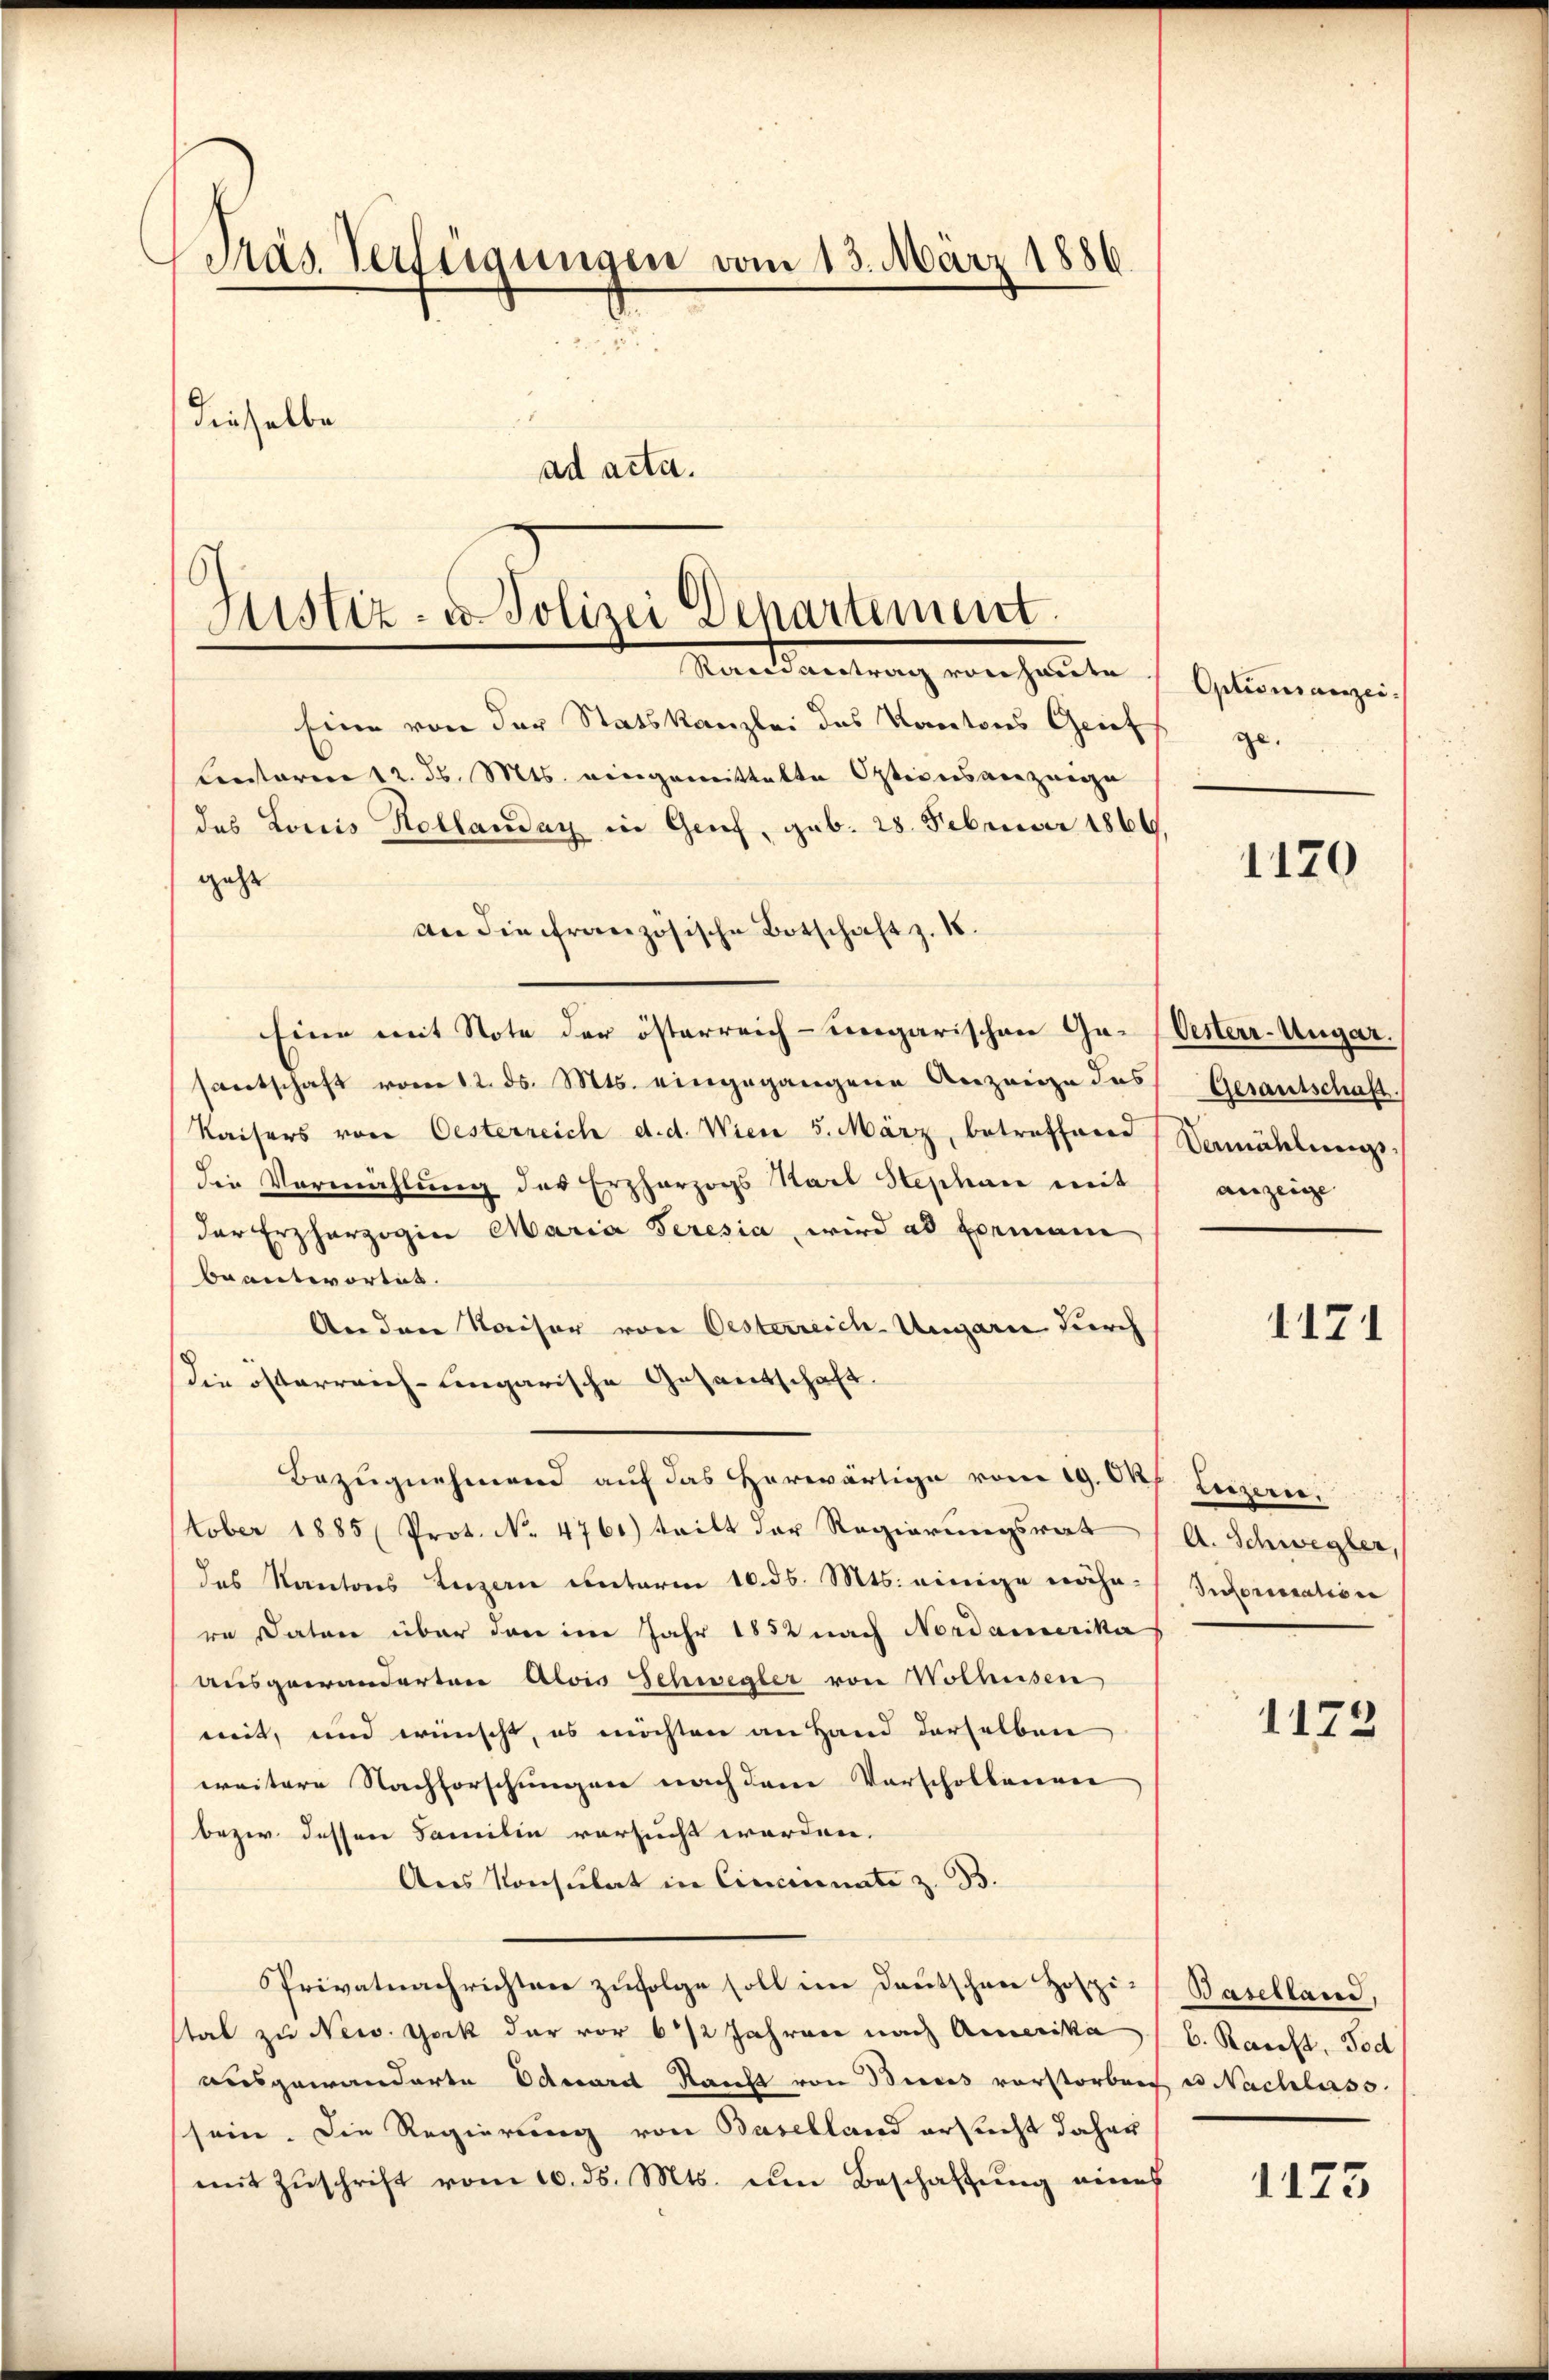
Präs. Verfügungen vom 13. März 1886.
dieselbe
ad acta.

Justiz- & Polizei Departement
Mandantung verhalte

Eine von der Statskanzlei das Kantons Grief
Lentoren 12. d. Mts. eingemittelte Osteinsanzeige
das Louis Hollauday in Genf, geb. 28. Februar 1866
geht
an die französische Botschaft z. 18.
Eine mit Note der österreich-ungarischen Gr. Oesterr-Augar.
santschaft vom 12. ds. Mts. eingegangene Anzeige das
Kaisers von Oesterreich d. d. Wien 5. März, betreffene Vermählungs-
die Vermählung des Erzherzogs Karl Hephan mit
der Erzherzogin Maria Seresia, wird ad Exeman
beantwortes.
An den Kaiser von Oesterreich Ungarn durch
die österreich-Eingarische Gesandschaft.
Bezugnehmend auf das herwärtige vom 19. Okt. Luzern,
tober 1885 (Prot. No 4761) tritt der Regierungsrat
das Kantons Luzern unterm 10. ds. Mts. einige nähere Daten über den im Jahr 1852 nach Nordamerika
ausgewanderten Alois Schwegler von Wolhusen
mit, und wünscht, es möchten an Hand derselben
weitere Nachforschungen nach dem Vorschollenen
bezw. dessen Familie versucht werden.
Ans Konsulat in Cincinate z. B.
Privatnachrichten zufolge soll im Deutschen Hospi
stat zu New York der vor 6/2 Jahren nach Amerika
ausgewanderte Eduard Raucht von Brices vorstorben
sein. Die Regierung von Baselland ersucht daher
mit Zŭschrift vom 10. ds. Mts. um Beschaftung eines

Optionsanzei
ge.

1120

Gesantschaft.
anzeige

1171

A. Schwegler,
Intorisation

1172

Baselland,
6. Kauft, Tod
e Nachlass

1125